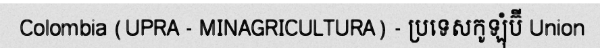
Colombia (UPRA - MINAGRICULTURA) - ប្រទេសកូឡុំប៊ី Union